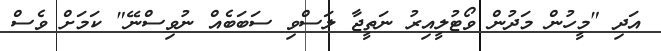
އަދި "މީހުން މަދުން ވޯޓުލީއިރު ނަތީޖާ ލަސްވި ސަބަބެއް ނުވިސްނޭ" ކަމަށް ވެސް